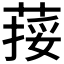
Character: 𦵭